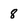
Character: 8